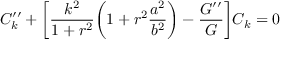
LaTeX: { \cal C } _ { k } ^ { \prime \prime } + \biggl [ \frac { k ^ { 2 } } { 1 + r ^ { 2 } } \biggl ( 1 + r ^ { 2 } \frac { a ^ { 2 } } { b ^ { 2 } } \biggr ) - \frac { { \cal G } ^ { \prime \prime } } { { \cal G } } \biggr ] { \cal C } _ { k } = 0